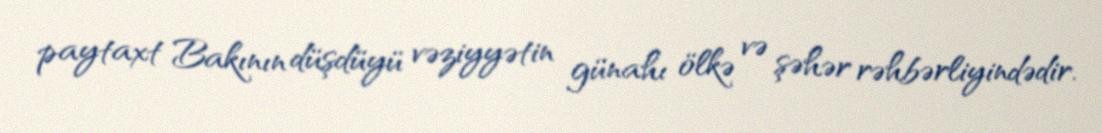
paytaxt Bakının düşdüyü vəziyyətin günahı ölkə və şəhər rəhbərliyindədir.